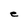
Character: e